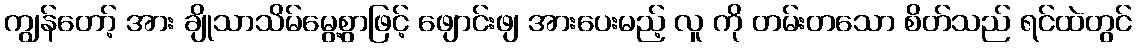
ကျွန်တော့် အား ချိုသာသိမ်မွေ့စွာဖြင့် ဖျောင်းဖျ အားပေးမည့် လူ ကို တမ်းတသော စိတ်သည် ရင်ထဲတွင်